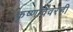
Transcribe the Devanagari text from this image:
कृष्णविवरेही